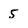
Character: 5